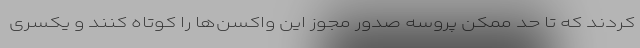
کردند که تا حد ممکن پروسه صدور مجوز این واکسن‌ها را کوتاه کنند و یکسری